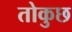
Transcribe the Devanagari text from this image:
तोकुछ